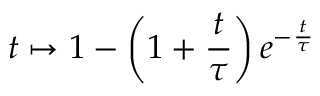
t \mapsto 1 - \left( 1 + \frac { t } { \tau } \right) e ^ { - \frac { t } { \tau } }